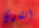
أتشارك